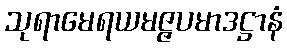
သုရာမေရယမဇ္ဇပမာဒဋ္ဌာနံ